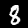
Label: 8